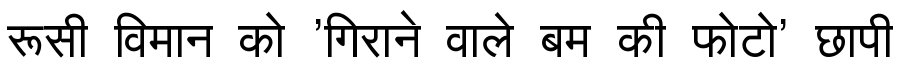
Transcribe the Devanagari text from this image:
रूसी विमान को 'गिराने वाले बम की फोटो' छापी